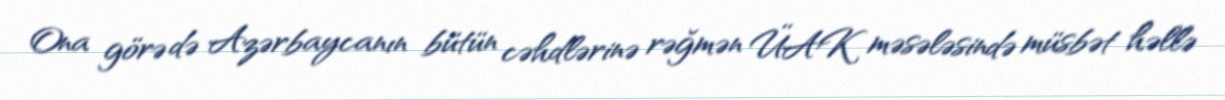
Ona görə də Azərbaycanın bütün cəhdlərinə rəğmən ÜAK məsələsində müsbət həllə